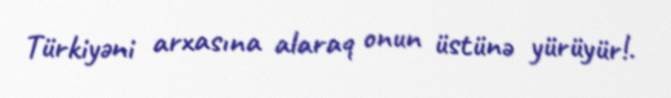
Türkiyəni arxasına alaraq onun üstünə yürüyür!.